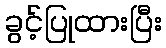
ခွင့်ပြုထားပြီး